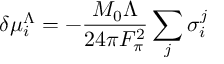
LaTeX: \delta \mu _ { i } ^ { \Lambda } = - { \frac { M _ { 0 } \Lambda } { 2 4 \pi F _ { \pi } ^ { 2 } } } \sum _ { j } \sigma _ { i } ^ { j }